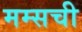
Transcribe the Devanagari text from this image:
मम्सची